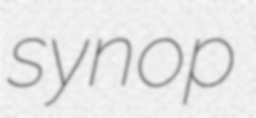
synop